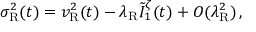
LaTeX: \sigma _ { \mathrm { R } } ^ { 2 } ( t ) = v _ { \mathrm { R } } ^ { 2 } ( t ) - \lambda _ { \mathrm { R } } \tilde { I } _ { 1 } ^ { \zeta } ( t ) + O ( \lambda _ { \mathrm { R } } ^ { 2 } ) \, ,